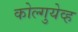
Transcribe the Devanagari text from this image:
कोल्गुयेव्ह